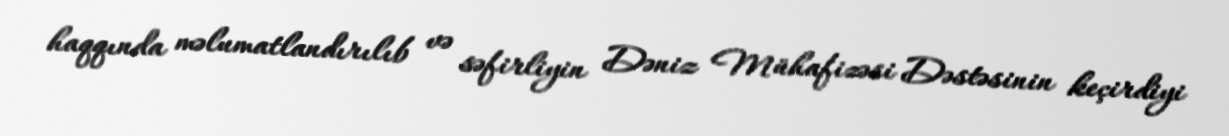
haqqında məlumatlandırılıb və səfirliyin Dəniz Mühafizəsi Dəstəsinin keçirdiyi